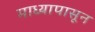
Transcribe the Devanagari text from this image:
माध्यापासून